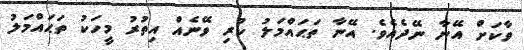
ވާކަށް އޭނާ ނޭދެއެވެ. އޭނާ ތަޙައްމަލު ކުރި ވޭނެއް އިތުރު މީހަކު ތަޙައްމަލު